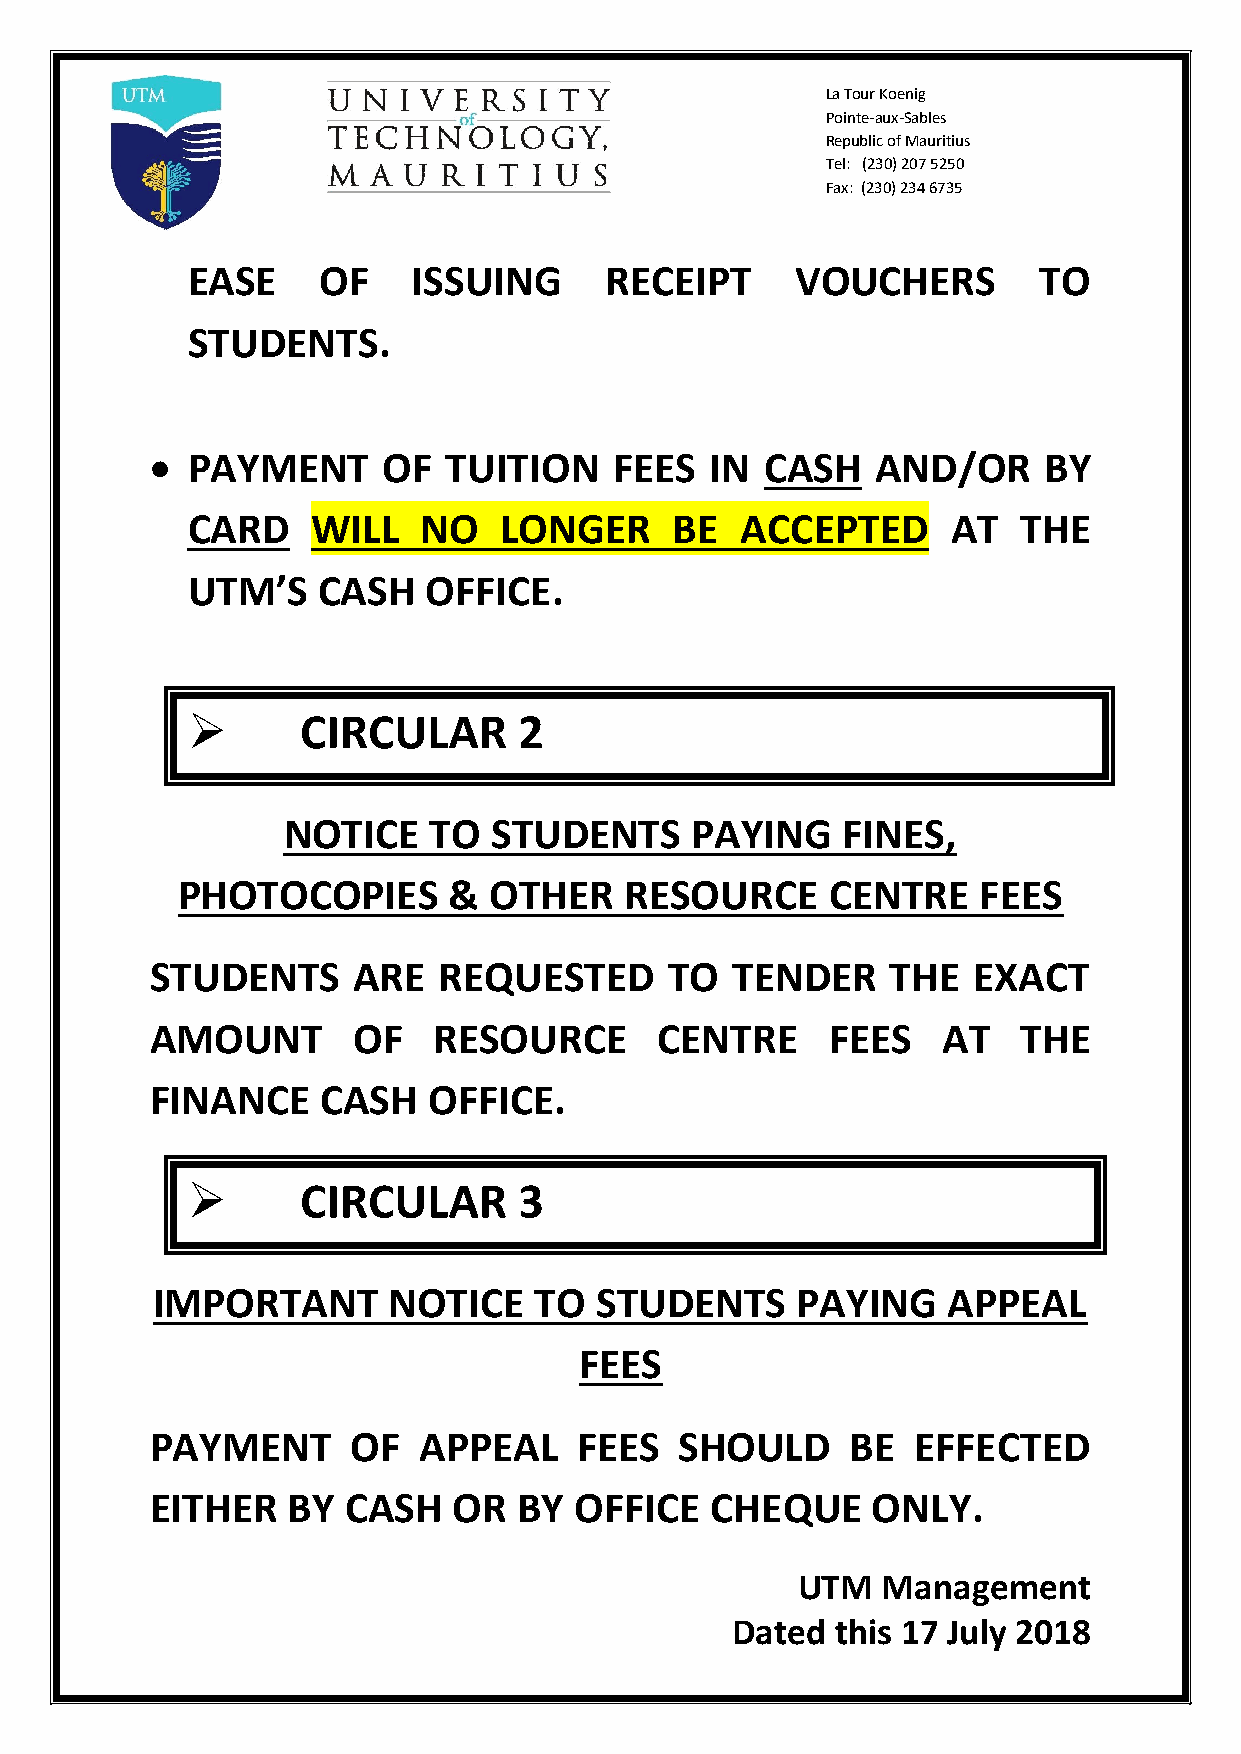
La Tour Koenig
 Pointe-aux-Sables
 Republic of Mauritius
 Tel: (230) 207 5250
 Fax: (230) 234 6735
 EASE     OF    ISSUING      RECEIPT      VOUCHERS        TO
 STUDENTS.
  PAYMENT      OF   TUITION    FEES  IN  CASH   AND/OR     BY
 CARD     WILL   NO   LONGER      BE  ACCEPTED      AT   THE
 UTM’S    CASH   OFFICE.
        CIRCULAR      2
 NOTICE   TO   STUDENTS     PAYING    FINES,
 PHOTOCOPIES       & OTHER    RESOURCE      CENTRE    FEES
 STUDENTS     ARE   REQUESTED      TO  TENDER     THE  EXACT
 AMOUNT       OF    RESOURCE       CENTRE     FEES   AT    THE
 FINANCE    CASH   OFFICE.
        CIRCULAR      3
 IMPORTANT       NOTICE   TO  STUDENTS      PAYING    APPEAL
 FEES
 PAYMENT      OF   APPEAL    FEES   SHOULD     BE  EFFECTED
 EITHER   BY  CASH   OR  BY  OFFICE   CHEQUE     ONLY.
 UTM  Management
 Dated  this 17 July 2018